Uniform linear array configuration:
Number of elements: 48
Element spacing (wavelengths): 0.75
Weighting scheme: hann
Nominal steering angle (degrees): -60
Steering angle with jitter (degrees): -59.58
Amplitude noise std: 0.05
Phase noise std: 0.05

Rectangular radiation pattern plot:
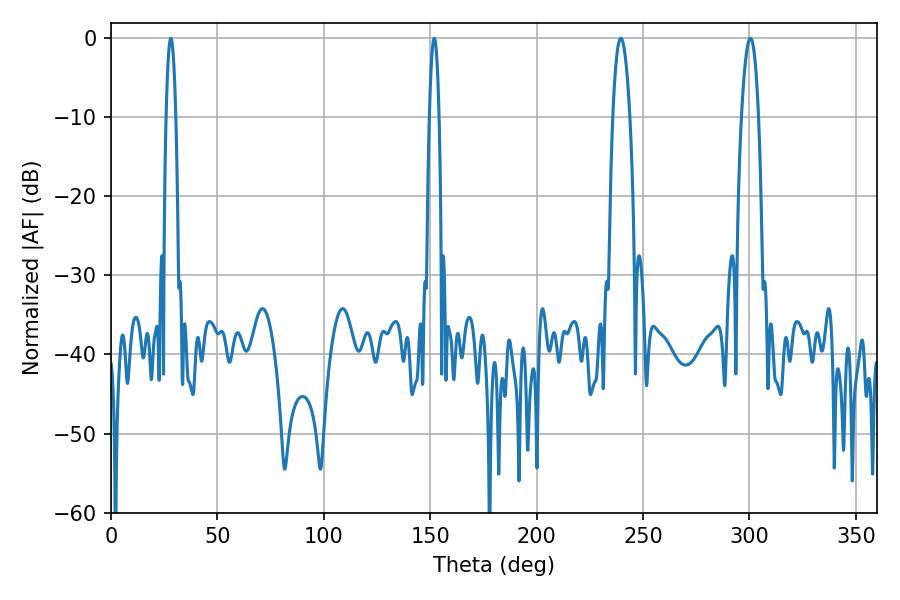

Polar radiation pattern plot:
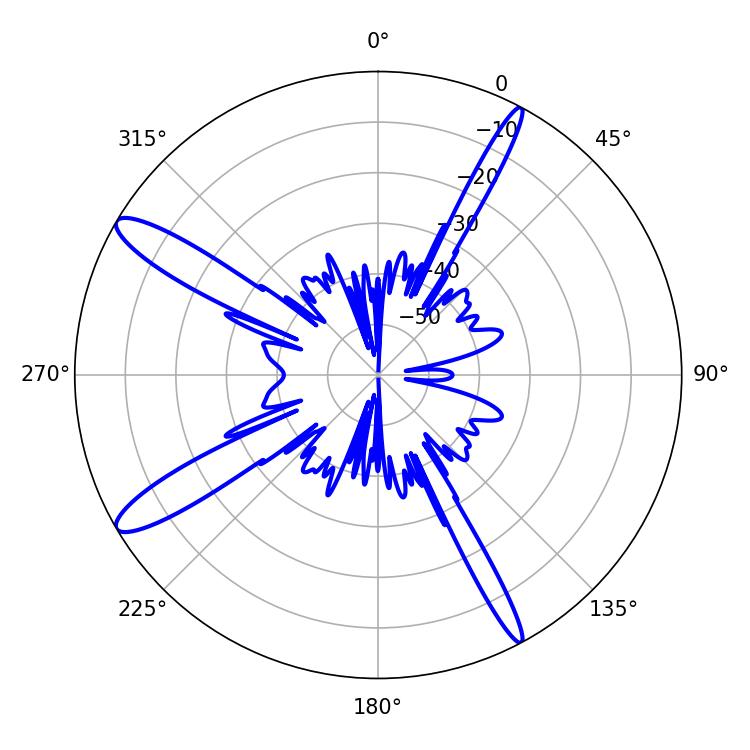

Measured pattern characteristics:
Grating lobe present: TRUE
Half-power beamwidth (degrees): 4.5
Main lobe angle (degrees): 300.42